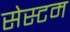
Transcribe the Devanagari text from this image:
सेस्टम